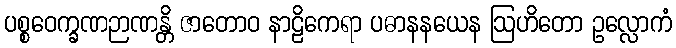
ပစ္စဝေက္ခဏဉာဏန္တိ ဇာတောဝ နာဠိကေရာ ပဓာနနယေန ဩဟိတော ဥလ္လောကံ